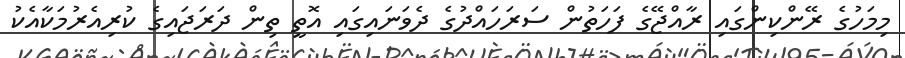
މިމަހުގެ ރޭންކިންގައި ރާއްޖޭގެ ފަހަތުން ސަރަހައްދުގެ ދެވަނައިގައި އޮތީ ތިން ދަރަޖައިގެ ކުރިއެރުމަކާއެކު